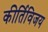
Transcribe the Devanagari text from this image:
कीर्तिविजय